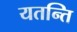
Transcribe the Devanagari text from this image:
यतन्ति